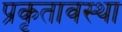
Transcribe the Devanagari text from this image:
प्रकृतावस्था